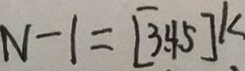
N - 1 = [ 3 . 4 5 ] k